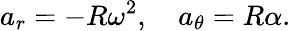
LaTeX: a_{r}=-R\omega^{2},\quad a_{\theta}=R\alpha.